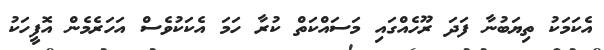
އެކަމަކު ތިޔަބުނާ ފަދަ ރޫހެއްގައި މަސައްކަތް ކުރާ ހަމަ އެކަކުވެސް އަހަރެމެން އޮފީހަކު